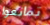
تمانعوا